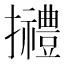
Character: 𢹿